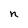
Character: n